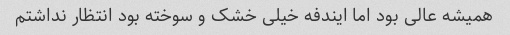
همیشه عالی بود اما ایندفه خیلی خشک و سوخته بود انتظار نداشتم